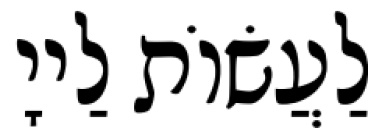
לַעֲשׂוֹת לַייָ